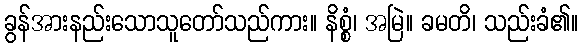
ခွန်အားနည်းသောသူတော်သည်ကား။ နိစ္စံ၊ အမြဲ။ ခမတိ၊ သည်းခံ၏။